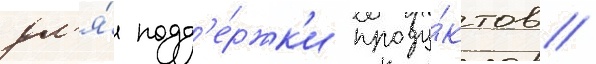
дл'я́ подд'е́ржк'и проду́ктов //